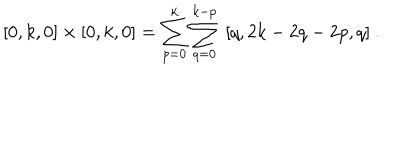
[ 0 , k , 0 ] \times [ 0 , k , 0 ] = \sum _ { p = 0 } ^ { k } \sum _ { q = 0 } ^ { k - p } \ [ q , 2 k - 2 q - 2 p , q ] \ .